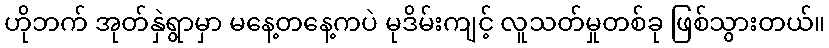
ဟိုဘက် အုတ်နှဲရွာမှာ မနေ့တနေ့ကပဲ မုဒိမ်းကျင့် လူသတ်မှုတစ်ခု ဖြစ်သွားတယ်။